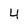
Character: 4